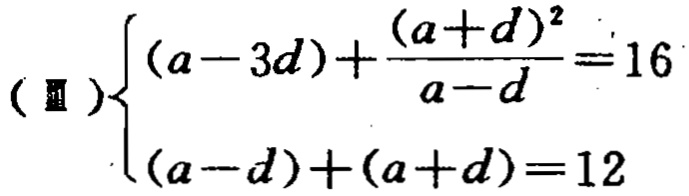
\[
(\text{Ⅱ})
\begin{cases}
(a - 3d)+\dfrac{(a + d)^{2}}{a - d}=16\\
(a - d)+(a + d)=12
\end{cases}
\]